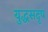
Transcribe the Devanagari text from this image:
युद्धसदृष